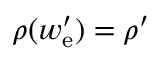
\rho ( w _ { \mathrm { e } } ^ { \prime } ) = \rho ^ { \prime }